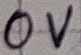
Text: 0V